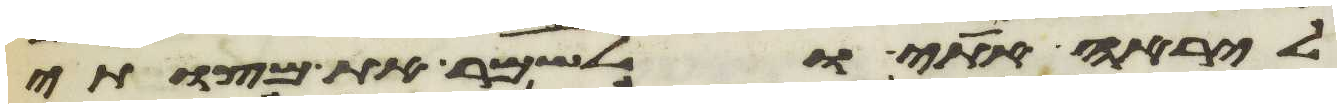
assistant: ליראה אתי ולשמר את מצותי